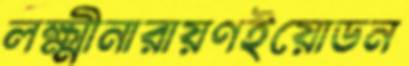
লক্ষ্মীনারায়ণইয়োডন